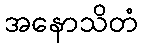
အနောသိတံ